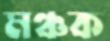
মঞ্চক